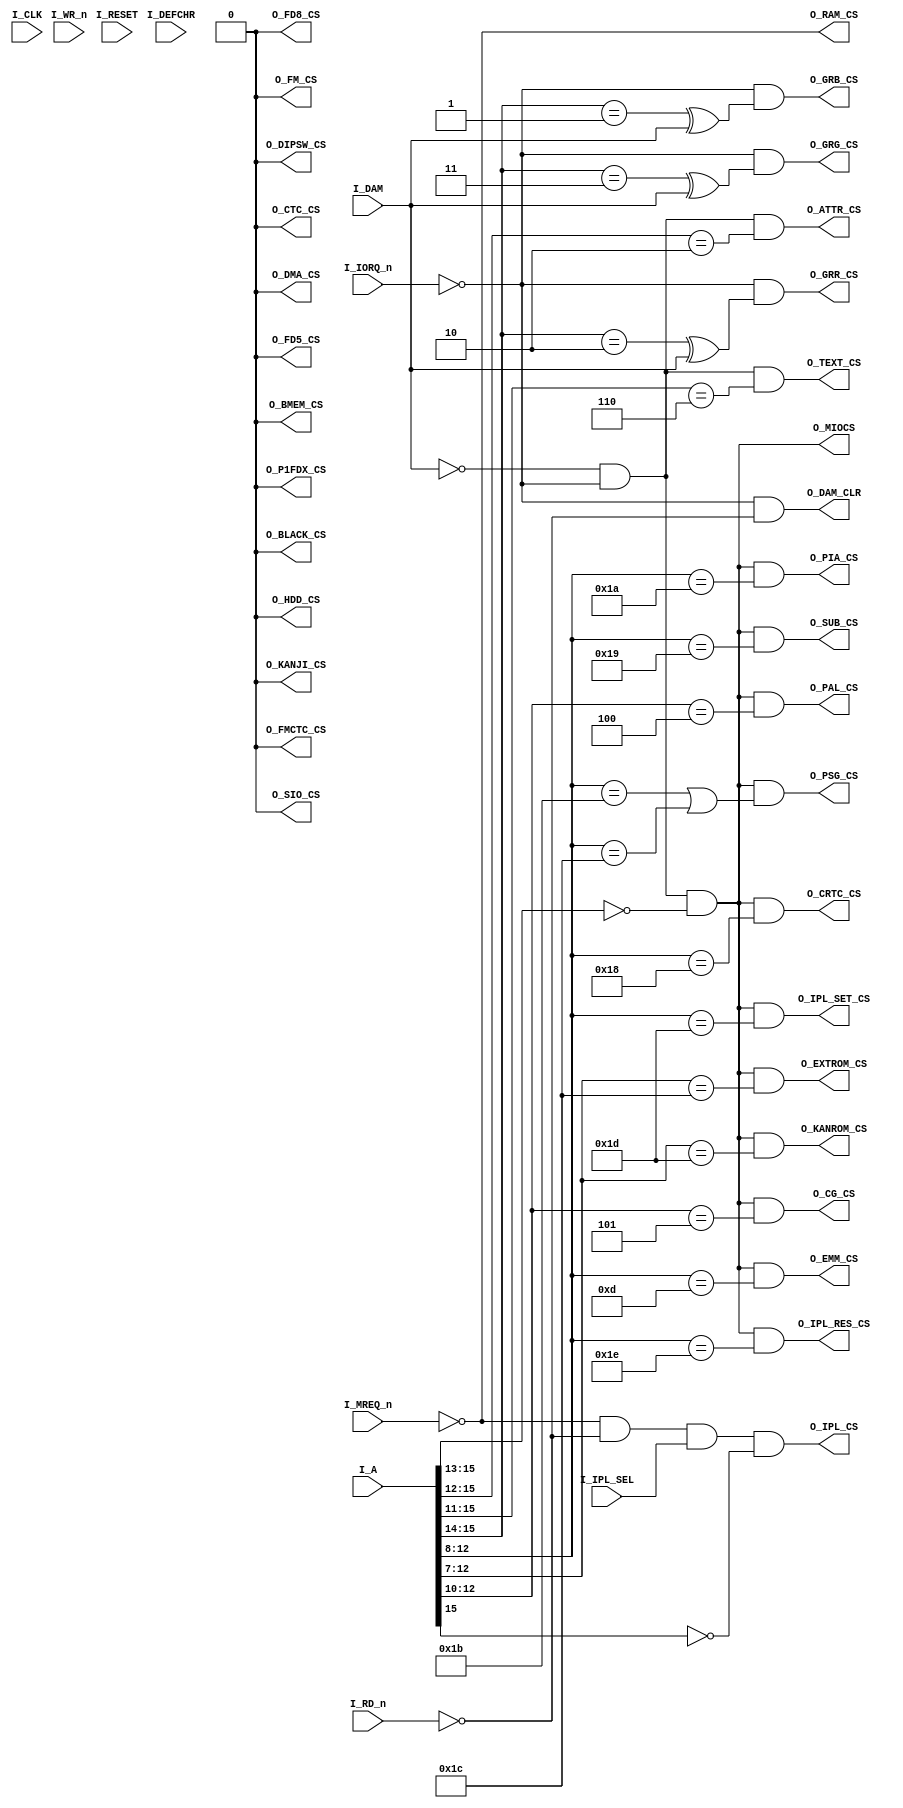
//------------------------------------------------------------------------------
//
//	nx1_adec.v : ese x1 module
//
//  LICENSE : "as-is"
//  TakeshiNagashima(T.NG) caramelgete@gmail.com
//------------------------------------------------------------------------------
//  2013/dec/28 release 0.0  modifyed and downgrade for de1(altera cyclone2)
//  2014/jan/10 release 0.1  preview
//
//------------------------------------------------------------------------------

//--------------------------------------------------------------------------------------
//
//	original copyright 
//
//--------------------------------------------------------------------------------------
/****************************************************************************
	X1 address decoder

	Version 050414

	Copyright(C) 2004,2005 Tatsuyuki Satoh

	This software is provided "AS IS", with NO WARRANTY.
	NON-COMMERCIAL USE ONLY

	Histry:
		2005. 4.14 cleanup
		2005. 1.11 1st

	Note:

	Distributing all and a part is prohibited. 
	Because this version is developer-alpha version.

****************************************************************************/
//`define X1TURBO
//`define X1TURBOZ
//`define FMBOARD

module nx1_adec #(
	parameter	def_X1TURBO=0,			// 0=X1 , 1=X1turbo (subset yet) , 2=X1TURBOZ (future...)
	parameter	def_FDC=0,				// onboard fdc
	parameter	def_FM_BOARD=0			// YM2151 FM sound board (not supported yet)
) (
  I_RESET,
  I_CLK,
  I_A,
  I_MREQ_n,I_IORQ_n,I_RD_n,I_WR_n,
// mode select
  I_IPL_SEL,
  I_DAM,
  I_DEFCHR,
// memory CS
  O_IPL_CS,O_RAM_CS,
//
  O_MIOCS,
// I/O CS
  O_EMM_CS,
  O_EXTROM_CS,
  O_KANROM_CS,
  O_FD5_CS,
  O_PAL_CS,
  O_CG_CS,
  O_CRTC_CS,
  O_SUB_CS,
  O_PIA_CS,
  O_PSG_CS,
  O_IPL_SET_CS,
  O_IPL_RES_CS,
//
  O_ATTR_CS,O_TEXT_CS,
  O_GRB_CS,O_GRR_CS,O_GRG_CS,
// option board
//`ifdef FMBOARD
  O_FM_CS,O_FMCTC_CS,
//`endif
  O_HDD_CS,
  O_FD8_CS,
// X1turbo
//`ifdef X1TURBO
  O_KANJI_CS, // 3800-3fff
  O_BMEM_CS,  // 0b00
  O_DMA_CS,   // 1f8x
  O_SIO_CS,   // 1f90-1f93
  O_CTC_CS,   // 1fa0-1fa3
  O_P1FDX_CS,
  O_BLACK_CS, // 1fe0
  O_DIPSW_CS, // 1ff0
//`endif
  O_DAM_CLR
);

input I_RESET;
input I_CLK;
input [15:0] I_A;
input I_MREQ_n,I_IORQ_n,I_RD_n,I_WR_n;

input I_IPL_SEL;
input I_DAM;
input I_DEFCHR;

output O_IPL_CS,O_RAM_CS;

output O_MIOCS;

output O_EMM_CS;
output O_EXTROM_CS;
output O_KANROM_CS;
output O_FD5_CS;
output O_PAL_CS;
output O_CG_CS;
output O_CRTC_CS;
output O_SUB_CS;
output O_PIA_CS;
output O_PSG_CS;
output O_IPL_SET_CS;
output O_IPL_RES_CS;


output O_ATTR_CS,O_TEXT_CS;
output O_GRB_CS,O_GRR_CS,O_GRG_CS;

// option board
output O_HDD_CS;
output O_FD8_CS;
//`ifdef FMBOARD
output O_FM_CS,O_FMCTC_CS;
//`endif

//`ifdef X1TURBO
output O_KANJI_CS;
output O_BMEM_CS;
output O_DMA_CS;
output O_SIO_CS;
output O_CTC_CS;
output O_P1FDX_CS;
output O_BLACK_CS;
output O_DIPSW_CS;
//`endif

output O_DAM_CLR;

////////////////////////////////////////////////////////////////////////////

// memory
// assign O_IPL_CS = I_IPL_SEL & ~I_A[15];
assign O_IPL_CS = ~I_MREQ_n & ~I_RD_n & I_IPL_SEL & ~I_A[15];
assign O_RAM_CS = ~I_MREQ_n;

// iorq glidge safe
//`ifdef IOCYCLE_LATCH
//reg iorq_r;
//always @(posedge I_CLK) iorq_r <= ~I_IORQ_n;
//`else
wire iorq_r = ~I_IORQ_n;
//`endif

// common signal
wire sys_io = ~I_DAM & iorq_r;
wire miocs      = sys_io&(I_A[15:13]==3'b000); // 0000-1FFF I/O expect DOUJI

// VRAM
assign O_ATTR_CS  = sys_io&(I_A[15:12]==4'h2);   // 2000-2fff ATTR VRAM
//`ifdef X1TURBO
assign O_TEXT_CS  = sys_io&(I_A[15:11]==5'b0011_0); // 3000-37ff TEXT VRAM
assign O_KANJI_CS = (def_X1TURBO==0) ? 1'b0 : sys_io&(I_A[15:11]==5'b0011_1); // 3800-3fff KANJI VRAM
//`else
//assign text_cs  = sys_io&(I_A[15:12]==4'h3);      // 3000-3fff TEXT VRAM
//`endif

// GRAM access                                        //           nor / DAM
                                                      // 0000-3FFF --- / BRG
assign O_GRB_CS  = iorq_r&((I_A[15:14]==2'b01)^I_DAM); // 4000-7FFF B-- / -RG
assign O_GRR_CS  = iorq_r&((I_A[15:14]==2'b10)^I_DAM); // 8000-BFFF -R- / B-G
assign O_GRG_CS  = iorq_r&((I_A[15:14]==2'b11)^I_DAM); // C000-FFFF --G / BR-

// CS on system I/O
//`ifdef FMBOARD
assign O_FM_CS      =
		(def_FM_BOARD==1'b0) & (def_X1TURBO!=2) ? 1'b0 :
		(def_FM_BOARD==1'b0) & (def_X1TURBO==2) ? miocs & (I_A[12:8]==5'h07) & ~I_A[2] : // 0700-0703
		(def_FM_BOARD==1'b1) ? miocs & (I_A[12:8]==5'h07) & ~I_A[2] : // 0700-0703
		1'b0;
assign O_FMCTC_CS  = 
		(def_FM_BOARD==1'b0) & (def_X1TURBO!=2) ? 1'b0 :
		(def_FM_BOARD==1'b0) & (def_X1TURBO==2) ? miocs & (I_A[12:8]==5'h07) &  I_A[2] : // 0704-0707
		(def_FM_BOARD==1'b1) ? miocs & (I_A[12:8]==5'h07) &  I_A[2] : // 0704-0707
		1'b0;
//`endif

//`ifdef X1TURBO
assign O_BMEM_CS    = (def_X1TURBO==0) ? 1'b0 : miocs & (I_A[12:8]==5'h0b);         // 0B
//`endif
assign O_EMM_CS    = miocs & (I_A[12:8]==5'h0d);       // 0Dxx
assign O_EXTROM_CS = miocs & (I_A[12:7]==6'b0_1110_0); // 0E00-0E03 ROM BASIC
assign O_KANROM_CS = miocs & (I_A[12:7]==6'b0_1110_1); // 0E80-0E82 KANJI-ROM(X1)

// strage
wire storage_cs = (def_FDC==0) ? 1'b0 : miocs & (I_A[12:6]==7'b0_1111_11); // 0fc0-fff
assign O_HDD_CS     = storage_cs & (I_A[5:2]==4'b01_00); // 0FD0-0FD3
assign O_FD8_CS     = storage_cs & (I_A[5:3]==3'b10_1);  // 0FE8-0FEF
assign O_FD5_CS     = storage_cs & (I_A[5:3]==3'b11_1);  // 0FF8-0FFF

// video controll
assign O_PAL_CS     = miocs & (I_A[12:10]==3'b100);      // 10xx-13xx
assign O_CG_CS      = miocs & (I_A[12:10]==3'b101);      // 14xx-17xx
assign O_CRTC_CS    = miocs & (I_A[12:8]==5'h18);        // 18xx
assign O_SUB_CS     = miocs & (I_A[12:8]==5'h19);        // 19xx
assign O_PIA_CS     = miocs & (I_A[12:8]==5'h1a);        // 1axx
assign O_PSG_CS     = miocs & ( (I_A[12:8]==5'h1b) | (I_A[12:8]==5'h1c) ); //1bxx-1cxx
// memory bank controll
assign O_IPL_SET_CS = miocs & (I_A[12:8]==5'h1d);        // 1dxx
assign O_IPL_RES_CS = miocs & (I_A[12:8]==5'h1e);        // 1exx

//`ifdef X1TURBO
wire   io1fxx = (def_X1TURBO==0) ? 1'b0 : miocs & (I_A[12:7]==6'b1_1111_1); // 1f80-1fff
assign O_DMA_CS     = (def_X1TURBO==0) ? 1'b0 : io1fxx & (I_A[6:4]==3'b000);    // 1F8x
assign O_SIO_CS     = (def_X1TURBO==0) ? 1'b0 : io1fxx & (I_A[6:2]==5'b001_00); // 1F90-1F93
assign O_CTC_CS     = (def_X1TURBO==1) ? io1fxx & (I_A[6:2]==5'b010_00) : 1'b0;// 1FA0-1FA3

//`ifdef X1TURBOZ
// 1FB0 ZMODE
// 1FB9-1FBF Z TEXT PALETTE
// 1FC0 ZPRIO
// 1FC1 ZCAP_HPOS
// 1FC2 ZCAP_MODE
// 1FC3 ZCHROM
// 1FC4 ZSCROLL
// 1FC5 ZPAL_MODE
//`endif
assign O_P1FDX_CS   = (def_X1TURBO==0) ? 1'b0 : io1fxx & (I_A[6:4]==3'b101);    // 1FDx
assign O_BLACK_CS   = (def_X1TURBO==0) ? 1'b0 : io1fxx & (I_A[6:4]==3'b110);    // 1FEx
assign O_DIPSW_CS   = (def_X1TURBO==0) ? 1'b0 : io1fxx & (I_A[6:4]==3'b111);    // 1FFx
//`endif

// DAM clear signal
assign O_DAM_CLR = iorq_r & ~I_RD_n;
// for EXT board
assign O_MIOCS = miocs;

endmodule